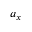
a _ { x }